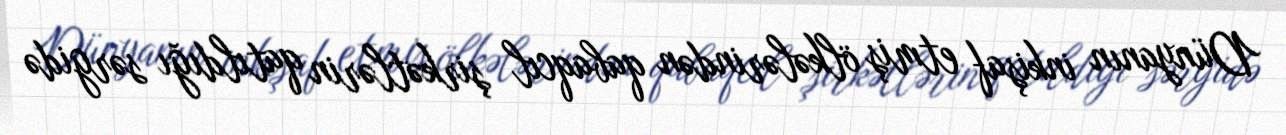
Dünyanın inkişaf etmiş ölkələrindən qabaqcıl şirkətlərin qatıldığı sərgidə